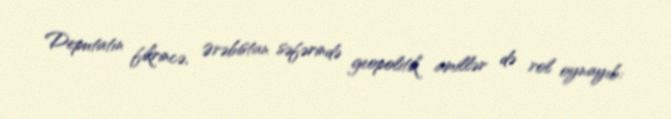
Deputatın fikrincə, Ərəbistan səfərində geopolitik amillər də rol oynayıb: